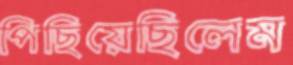
পিছিয়েছিলেম